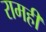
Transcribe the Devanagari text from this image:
रामही